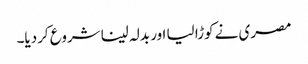
مصری نے کوڑا لیا اور بدلہ لینا شروع کردیا۔